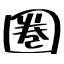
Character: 圏